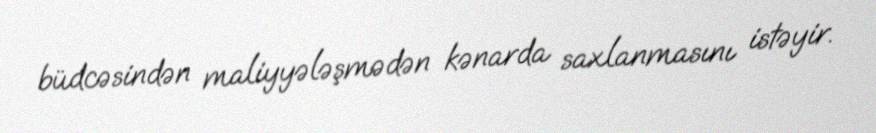
büdcəsindən maliyyələşmədən kənarda saxlanmasını istəyir.